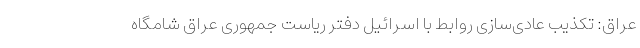
عراق: تکذیب عادی‌سازی روابط با اسرائیل دفتر ریاست جمهوری عراق شامگاه